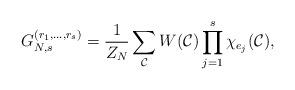
LaTeX: \begin{align*}G_{N,s}^{(r_1,\dots,r_s)}=\frac{1}{Z_N}\sum_{\mathcal{C}}W(\mathcal{C})\prod_{j=1}^s\chi_{e_j}(\mathcal{C}),\end{align*}